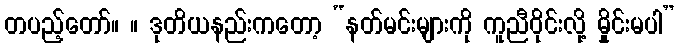
တပည့်တော်။ ။ ဒုတိယနည်းကတော့ “နတ်မင်းများကို ကူညီဝိုင်းလို့ မှိုင်းမပါ”